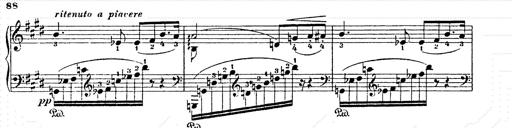
Title: AnnÃ©es de pÃ¨lerinage II
Composer: Franz Liszt